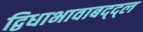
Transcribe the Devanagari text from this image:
द्विधाभावाबद्द्ल